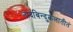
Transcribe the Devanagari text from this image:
नादबिन्दुकलातीतं